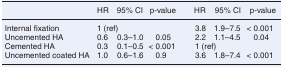
<table><thead><tr><td></td><td><b>HR</b></td><td><b>95% CI</b></td><td><b>p-value</b></td><td><b>HR</b></td><td><b>95% CI</b></td><td><b>p-value</b></td></tr></thead><tbody><tr><td>Internal fixation</td><td>1 (ref)</td><td></td><td></td><td>3.8</td><td>1.9–7.5</td><td>&lt; 0.001</td></tr><tr><td>Uncemented HA</td><td>0.6</td><td>0.3–1.0</td><td>0.05</td><td>2.2</td><td>1.1–4.5</td><td>0.04</td></tr><tr><td>Cemented HA</td><td>0.3</td><td>0.1–0.5</td><td>&lt; 0.001</td><td>1 (ref)</td><td></td><td></td></tr><tr><td>Uncemented coated HA</td><td>1.0</td><td>0.6–1.6</td><td>0.9</td><td>3.6</td><td>1.8–7.4</td><td>&lt; 0.001</td></tr></tbody></table>